Supplement to the account of plague administration in the Bombay Presidency from September 1896 till May 1897
Year: 1896
Disease focus: Plague
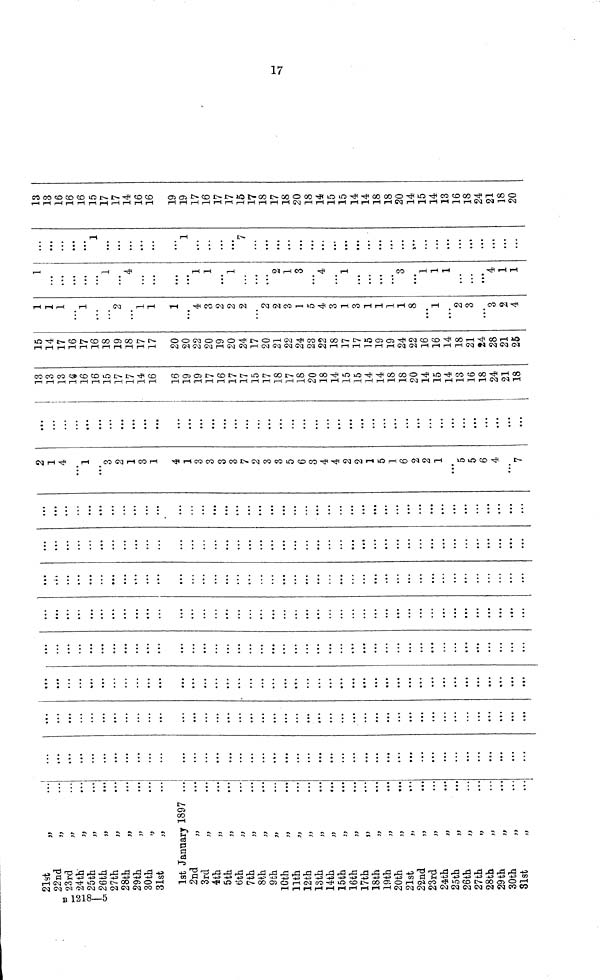
21st ,, ...
22nd ,, ...
23rd ,, ...
24th ,, ...
25th ,, ...
26th ,, ...
27th ,, ...
28th ,, ...
29th ,, ...
30th ,, ...
31st ,, ...
1st January 1897 ...
2nd ,, ...
3rd ,, ...
4th ,, ...
5th ,, ...
6th ,, ...
7th ,, ...
8th ,, ...
9th ,, ...
10th
,,
...
11th ,, ...
12th ,, ...
13th
,,
...
14th ,, ...
15th ,, ...
16th ,, ...
17th ,, ...
18th ,, ...
19th ,, ...
20th ,, ...
21st
,,
...
22nd ,, ...
23rd ,, ...
24th ,, ...
25th ,, ...
26th ,, ...
27th ,, ...
28th ,, ...
29th ,, ...
30th ,, ...
31st ,, ...
...
...
...
...
...
...
...
...
...
...
...
...
...
...
...
...
...
...
...
...
...
...
...
...
...
...
...
...
...
...
...
...
...
...
...
...
...
...
...
...
...
...
...
...
...
...
...
...
...
...
...
...
...
...
...
...
...
...
...
...
...
...
...
...
...
...
...
...
...
...
...
...
...
...
...
...
...
...
...
...
...
...
...
...
...
...
...
...
...
...
...
...
...
...
...
...
...
...
...
...
...
...
...
...
...
...
...
...
...
...
...
...
...
...
...
...
...
...
...
...
...
...
...
...
...
...
...
...
...
...
...
...
...
...
...
...
...
...
...
...
...
...
...
...
...
...
...
...
...
...
...
...
...
...
...
...
...
...
...
...
...
...
...
...
...
...
...
...
...
...
...
...
...
...
...
...
...
...
...
...
...
...
...
...
...
...
...
...
...
...
...
...
...
...
...
...
...
...
...
...
...
...
...
...
...
...
...
...
...
...
...
...
...
...
...
...
...
...
...
...
...
...
...
...
...
...
...
...
...
...
...
...
...
...
...
...
...
...
...
...
...
...
...
...
...
...
...
...
...
...
...
...
...
...
...
...
...
...
...
...
...
...
...
...
...
...
...
...
...
...
...
...
...
...
...
...
...
...
...
...
...
...
...
...
...
...
...
...
...
...
...
...
...
...
...
...
...
...
...
...
...
...
...
...
...
...
...
...
...
...
...
...
...
...
...
...
...
...
...
...
...
...
...
...
...
...
...
...
...
...
...
...
...
...
...
...
2
1
4
...
1
...
3
2
1
3
1
4
1
3
3
3
3
7
2
3
3
5
6
3
4
4
2
2
1
5
1
6
2
2
1
...
5
5
6
4
...
7
...
...
...
...
...
...
...
...
...
...
...
...
...
...
...
...
...
...
...
...
...
...
...
...
...
...
...
...
...
...
...
...
...
...
...
...
...
...
...
...
...
13
13
13
16
16
16
15
17
17
14
16
16
19
19
17
16
17
17
15
17
18
17
18
20
18
14
15
15
14
14
18
18
20
14
15
14
13
16
18
24
21
18
15
14
17
16
17
16
18
19
18
17
17
20
20
22
20
19
20
24
17
20
21
22
24
23
22
18
17
17
15
19
19
24
22
16
16
14
18
21
24
28
21
25
1
1
1
...
1
...
...
2
...
1
1
1
...
4
3
2
2
2
...
2
2
3
1
5
4
3
1
3
1
1
1
1
8
...
1
...
2
3
...
3
2
4
1
...
...
...
...
...
1
...
4
...
...
...
...
1
1
...
1
...
...
...
2
1
3
...
4
...
1
...
...
...
...
3
...
1
1
1
...
...
...
4
1
1
...
...
...
...
...
1
...
...
...
...
...
...
1
...
...
...
...
7
...
...
...
...
...
...
...
...
...
...
...
...
...
...
...
...
...
...
...
...
...
...
...
...
13
13
16
16
16
15
17
17
1 À
14
16
16
19
19
17
16
17
17
lo
17
18
17
TO
...
20
...
...
15
15
14
14
...
18
20
14
15
14
13
16
...
...
21
18
20